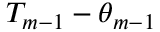
T _ { m - 1 } - \theta _ { m - 1 }